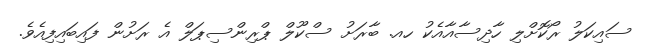
ސައިކަލު ރޯކޮށްލި ހާދިސާއާއެކު ހއ. ބާރަށު ސްކޫލް ޕްރިންސިޕަލް އެ ރަށުން ފައިބައިފިއެވެ.